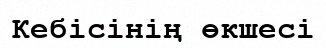
Кебісінің өкшесі